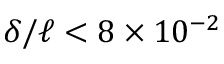
\delta / \ell < 8 \times 1 0 ^ { - 2 }